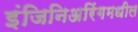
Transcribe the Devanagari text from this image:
इंजिनिअरिंगमधील